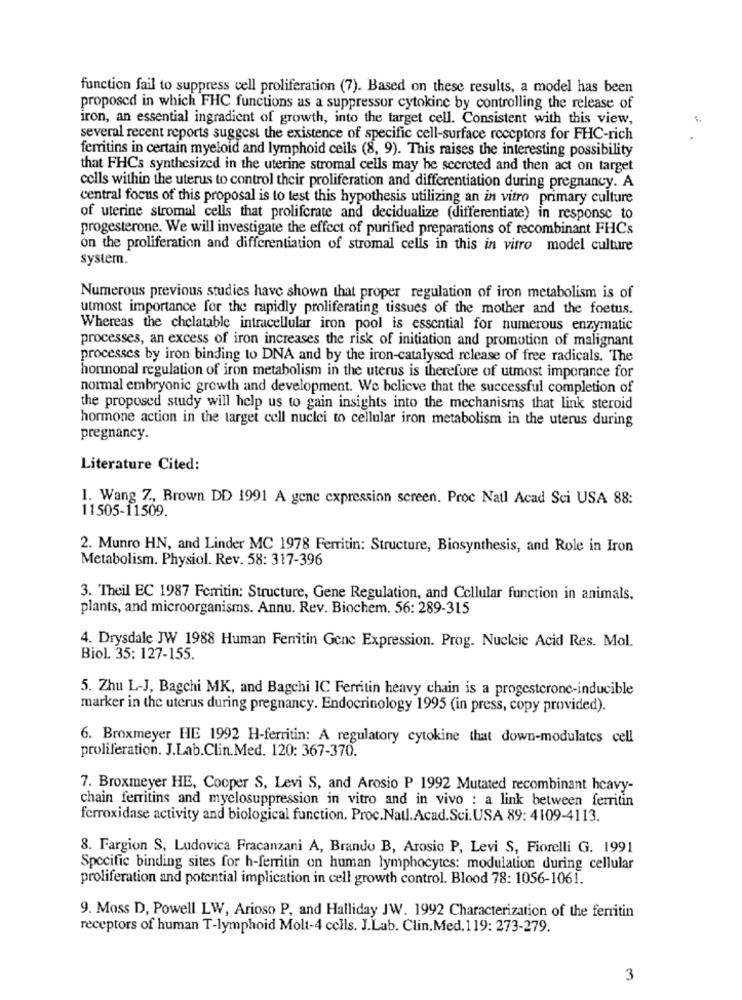
function fail to suppress cell proliferation (7). Based on these results, a model has been
proposed in which FHC functions as a suppressor cytokine by controlling the release of
iron, an essential ingradient of growth, into the target cell. Consistent with this view,
several recent reports suggest the existence of specific cell-surface receptors for FHC-rich
ferritins in certain myeloid and lymphoid cells (8, 9). This raises the interesting possibility
that FHCs synthesized in the uterine stromal cells may be secreted and then act on target
cells within the uterus to control their proliferation and differentiation during pregnancy. A
central focus of this proposal is to test this hypothesis utilizing an in vitro primary culture
of uterine stromul cells that proliferate and decidualize (differentiate) in response to
progesterone. We will investigate the effect of purified preparations of recombinant FHCs
on the proliferation and differentiation of stromal cells in this in vitro model culture
system.
Numerous previous studies have shown that proper regulation of iron metabolism is of
utmost importance for the rapidly proliferating tissues of the mother and the foetus.
Whereas the chelatable intracellular iron pool is essential for numerous enzymatic
processes, an excess of iron increases the risk of initiation and promotion of malignant
processes by iron binding to DNA and by the iron-catalysed release of free radicals. The
hormonal regulation of iron metabolism in the uterus is therefore of utmost imporance for
normal embryonic growth and development. We believe that the successful completion of
the proposed study will help us to gain insights into the mechanisms that link steroid
hormone action in the target cell nuclei to cellular iron metabolism in the uterus during
pregnancy.
Literature Cited:
1. Wang 7 ., Brown DD 1991 A gene expression screen. Proc Natl Acad Sci USA 88:
11505-11509.
2. Munro HN, and Linder MC 1978 Ferritin: Structure, Biosynthesis, and Role in Iron
Metabolism. Physiol. Rev. 58: 317-396
3. Theil EC 1987 Ferritin: Structure, Gene Regulation, and Cellular function in animals,
plants, and microorganisms. Annu. Rev. Biochem. 56: 289-315
4. Drysdale JW 1988 Human Ferritin Gene Expression. Prog. Nucleic Acid Res. Mol.
Biol. 35: 127-155.
5. Zhu L-J, Bagchi MK, and Bagchi IC Ferritin heavy chain is a progesterone-inducible
marker in the uterus during pregnancy. Endocrinology 1995 (in press, copy provided).
6. Broxmeyer HE 1992 H-ferritin: A regulatory cytokine that down-modulates cell
proliferation. J.Lab.Clin.Med. 120: 367-370.
7. Broxmeyer HE, Cooper S, Levi S, and Arosio P 1992 Mutated recombinant hcavy-
chain ferritins and myelosuppression in vitro and in vivo : a link between ferritin
ferroxidase activity and biological function. Proc.Natl.Acad.Sci.USA 89: 4109-4113.
8. Fargion S, Ludovica Fracanzani A, Brando B, Arosio P, Levi S, Fiorelli G. 1991
Specific binding sites for h-ferritin on human lymphocytes: modulation during cellular
proliferation and potential implication in cell growth control. Blood 78: 1056-1061.
9. Moss D, Powell LW, Arioso P, and Halliday JW. 1992 Characterization of the ferritin
receptors of human T-lymphoid Molt-4 cells. J.Lab. Clin.Med.119: 273-279.
3